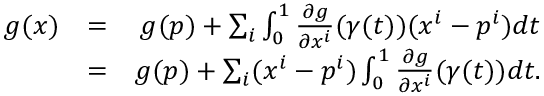
\begin{array} { r l r } { g ( x ) } & { = } & { g ( p ) + \sum _ { i } \int _ { 0 } ^ { 1 } \frac { \partial g } { \partial x ^ { i } } ( \gamma ( t ) ) ( x ^ { i } - p ^ { i } ) d t } \\ & { = } & { g ( p ) + \sum _ { i } ( x ^ { i } - p ^ { i } ) \int _ { 0 } ^ { 1 } \frac { \partial g } { \partial x ^ { i } } ( \gamma ( t ) ) d t . } \end{array}